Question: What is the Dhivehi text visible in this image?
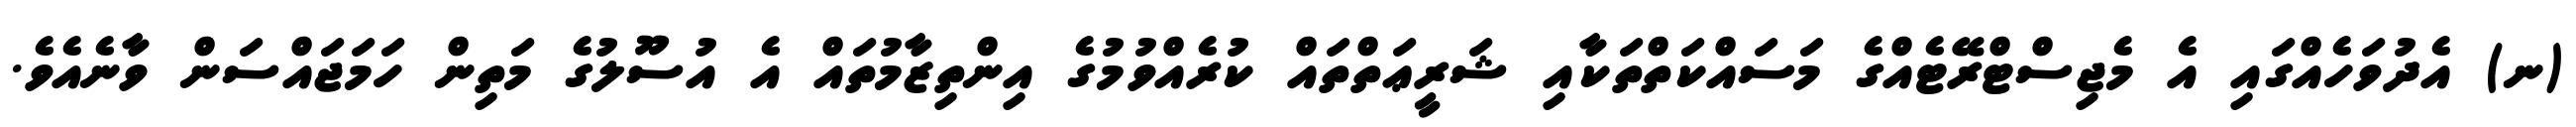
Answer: (ނ) އެދުވަހެއްގައި އެ މެޖިސްޓްރޭޓެއްގެ މަސައްކަތްތަކާއި ޝަރީޢަތްތައް ކުރެއްވުމުގެ އިންތިޒާމުތައް އެ އުސޫލުގެ މަތިން ހަމަޖައްސަން ވާނެއެވެ.